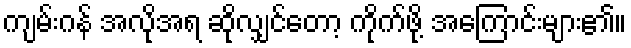
ကျမ်းဂန် အလိုအရ ဆိုလျှင်တော့ ကိုက်ဖို့ အကြောင်းများ၏။